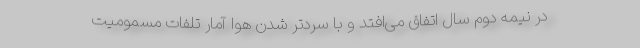
در نیمه دوم سال اتفاق می‌افتد و با سردتر شدن هوا آمار تلفات مسمومیت